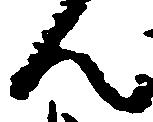
ん